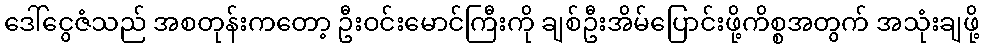
ဒေါ်ငွေဇံသည် အစတုန်းကတော့ ဦးဝင်းမောင်ကြီးကို ချစ်ဦးအိမ်ပြောင်းဖို့ကိစ္စအတွက် အသုံးချဖို့